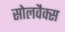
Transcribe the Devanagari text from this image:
सोलवैक्स